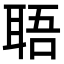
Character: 䎸